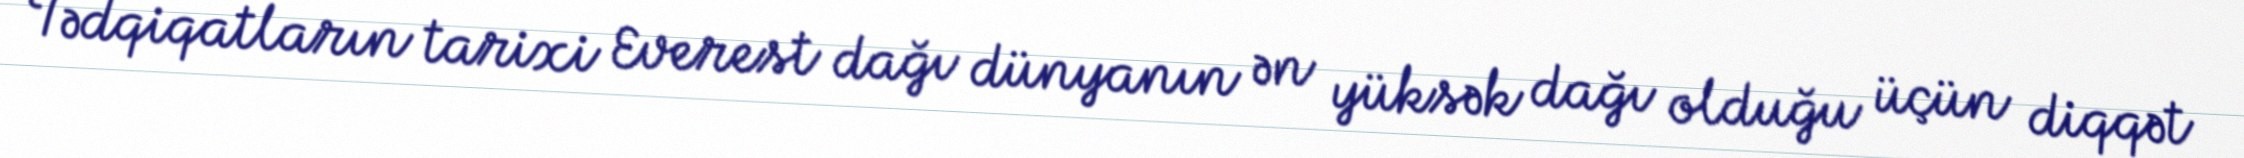
Tədqiqatların tarixi Everest dağı dünyanın ən yüksək dağı olduğu üçün diqqət